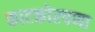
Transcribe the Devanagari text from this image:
काटकोरपणा